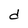
Character: d